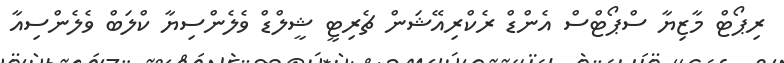
ރިޕޯޓް މާޒިޔާ ސްޕޯޓްސް އެންޑް ރެކްރިއޭޝަން ޗެރިޓީ ޝީލްޑް ވެލެންސިޔާ ކްލަބް ވެލެންސިއާ